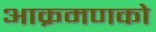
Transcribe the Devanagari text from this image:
आक्रमणको